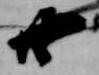
廿